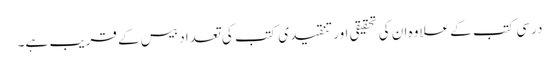
درسی کتب کے علاوہ ان کی تحقیقی اور تنقیدی کتب کی تعداد بیس کے قریب ہے۔